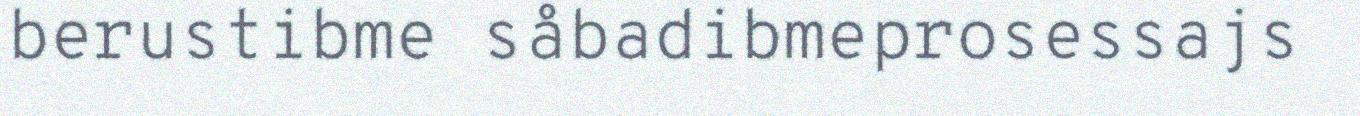
berustibme såbadibmeprosessajs